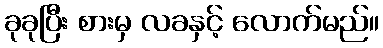
ခုခုပြီး စားမှ လခနှင့် လောက်မည်။